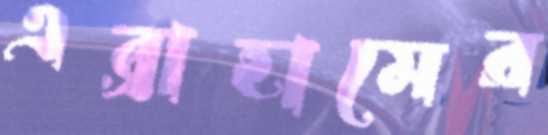
এব্রাহামের